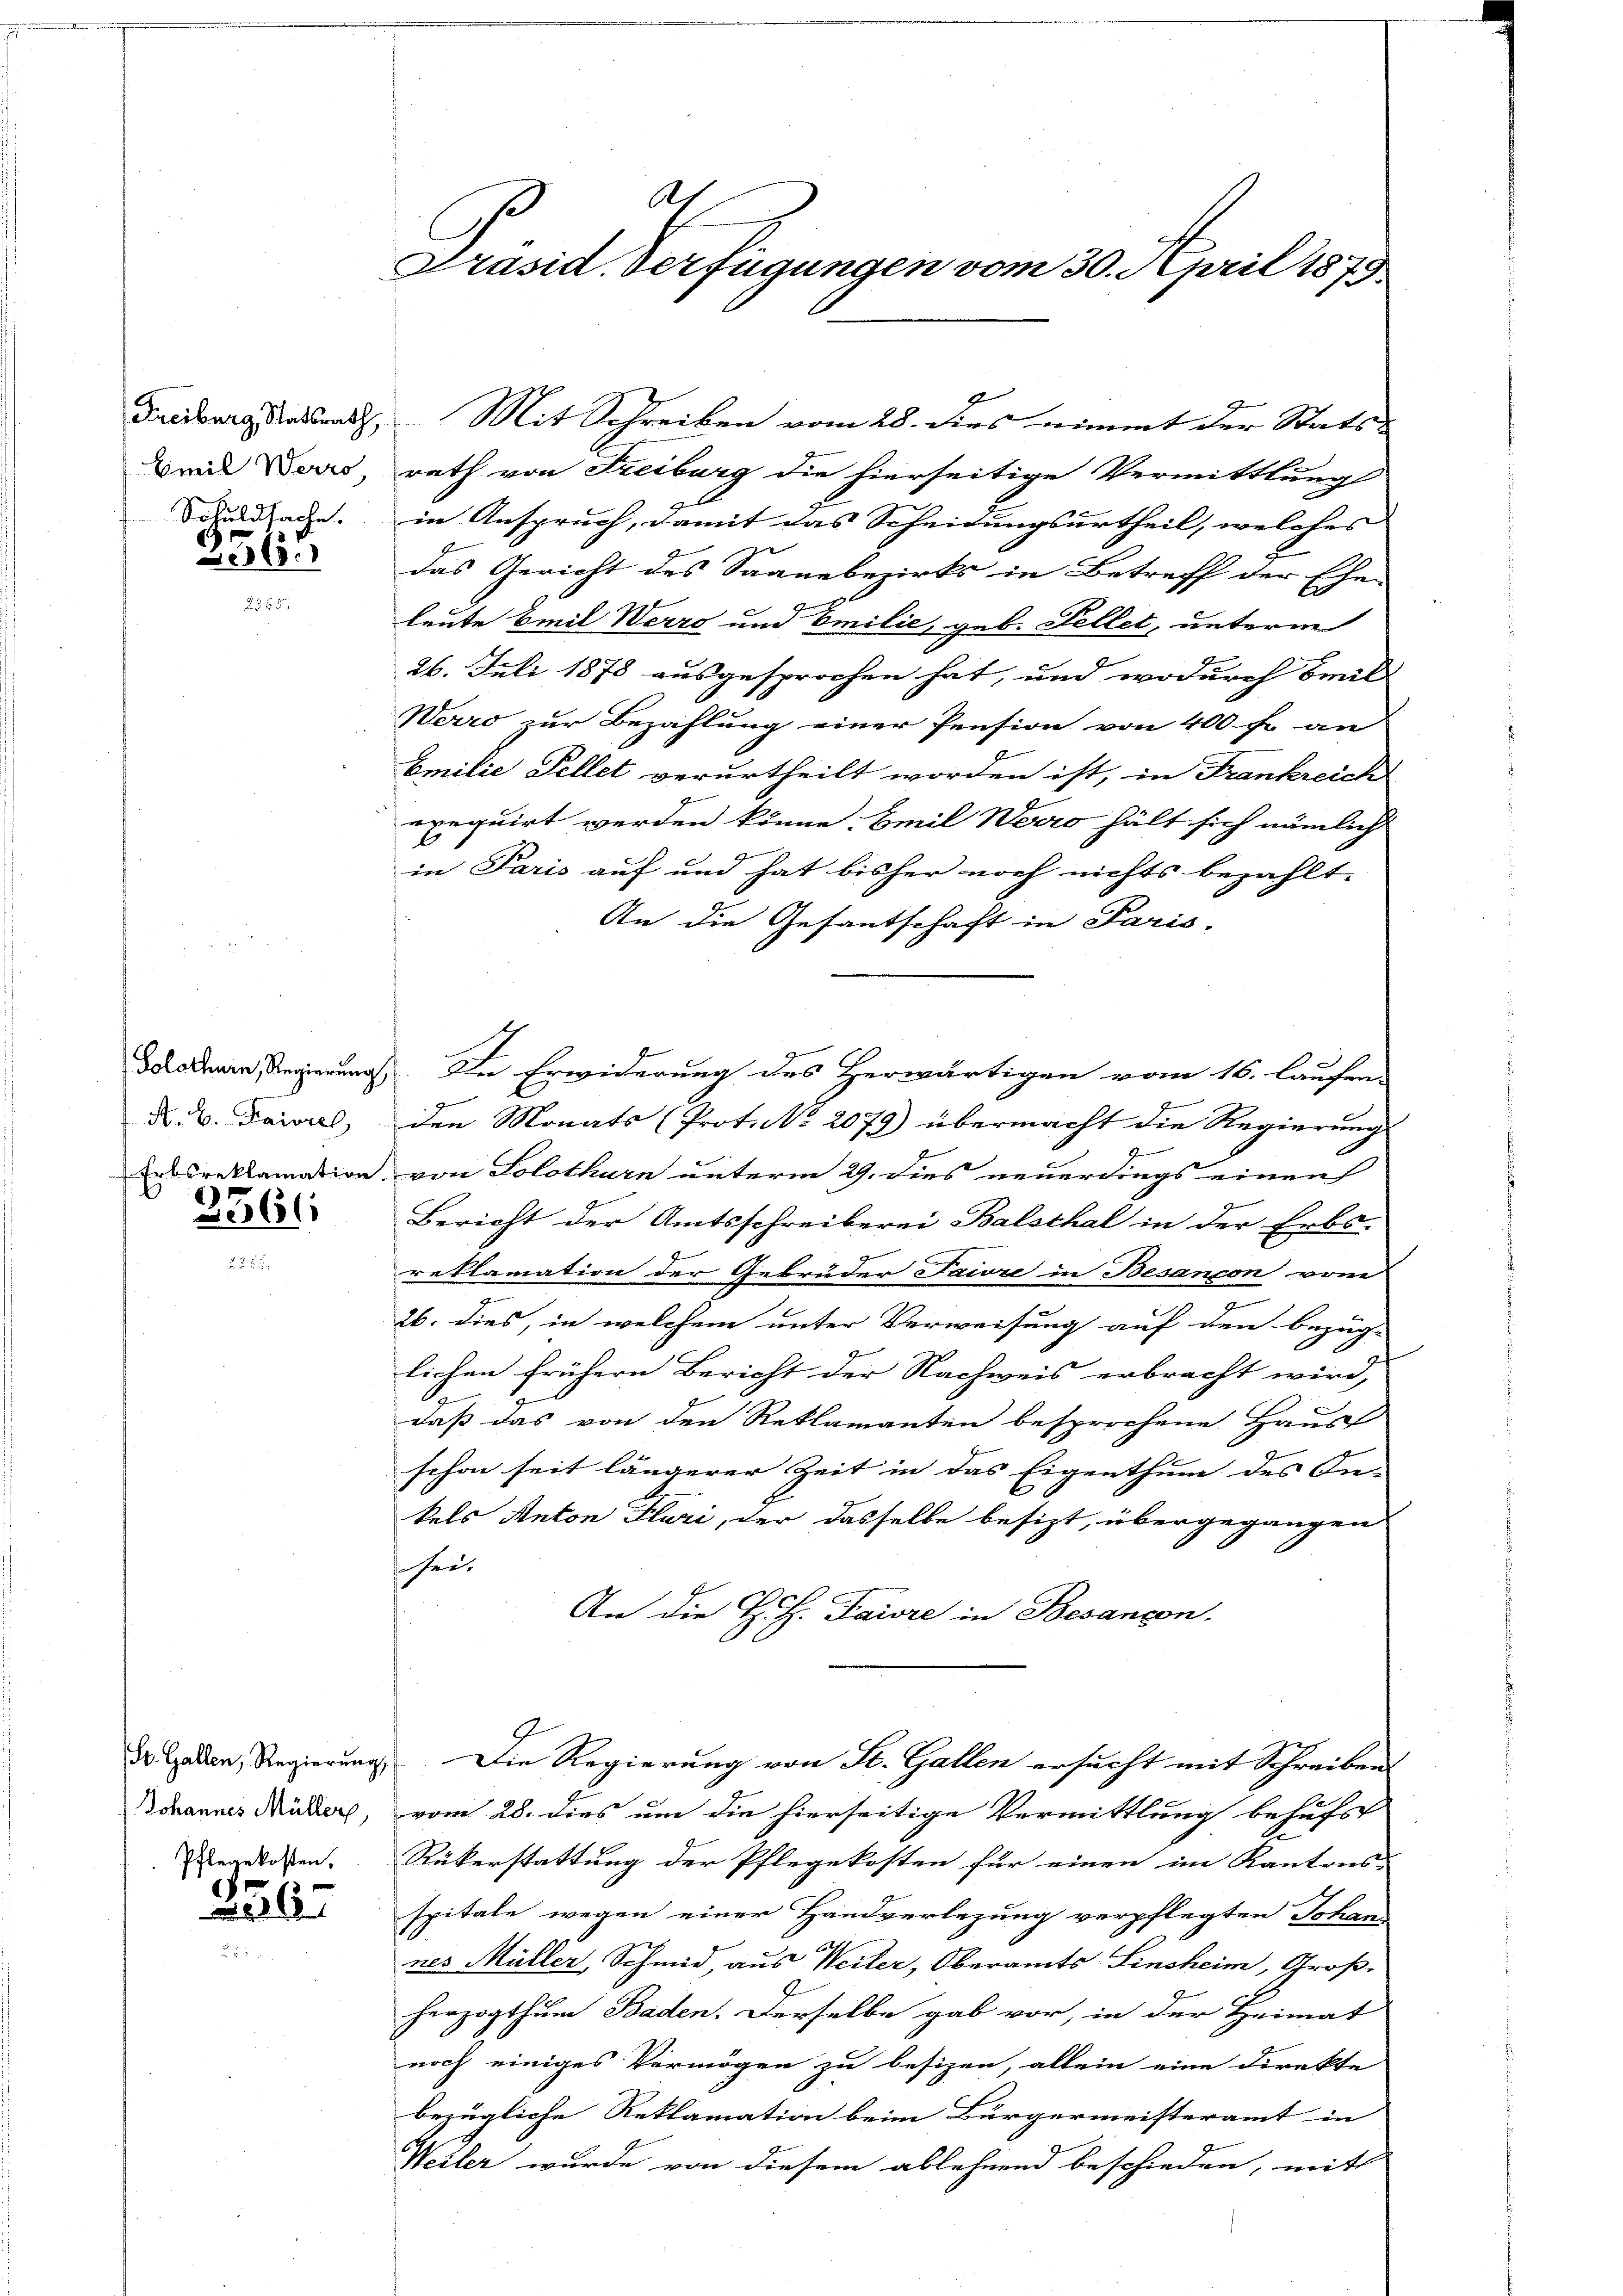
Emil Werro
Schuldsache.

3561

3561

Pflegekosten.

256.

Ah
Präsid. Verfügungen vom 30. April 1879

1
Freiburg statsrath, Mit Schreiben vom 28. dies nimmt der Statt
rath von Freiburg die hierseitige Vermittlung
in Anspruch, damit das Scheidungsurtheil, welches
das Gericht des Saanebezirks in Betreff der Ehen
leute Emil Werro und Emilie, geb. Stellet, unterm
26. Juli 1878 ausgesprochen hat, und wodurch beil
Werro zur Bezahlung einer Pension von 400 f. an
Emilie Fellet verurtheilt worden ist, in Frankreich
exequirt werden könne. Emil Werro hält sich nämlich
in Paris auf und hat bisher noch nichts bezahlt.
An die Gefantschaft in Paris.
Sodenen Regierung. In Erwiderung des Herwärtigen vom 16. laufen
9
D. B. Taiel, den Monats (Prot. No. 2079) übermacht die Regierung
Erbsreklamation von Solothurn unterm 29. dies neuerdings einen
Bericht der Amtsschreiberei Balsthal in der Erbs-
reklamation der Gebrüder Pawre in Besançon vom
.
26. dies, in welchem unter Verweisung auf den bezüg-
lichen frühern Bericht der Nachweis erbracht wird,
daß das von den Reklamanten besprochene Haus
schon seit längerer Zeit in das Eigenthum des In-
kels Anton Pluri, der dasselbe besizt, übergegangen
hei¬
An die H. H. Paiore in Besangen.
d Gaden, Regierung. Die Regierung von St. Gallen ersucht mit Schreibens
Bohannes Müder, vom 28. dies um die hierseitige Vermittlung behufst
Rükerstattung der Pflegekosten für einen im Kantons-
spitale wegen einer Handverlegung verpflegten Johan
nes Müller, Schmid, aus Weiter, Oberamts Sinsheim, Groß-
herzogthum Baden. Derselbe gab vor, in der Heimat
noch einiges Vermögen zu besizen, allein eine Direkte
bezügliche Reklamation beim Bürgermeisteramt in
Weiler wurde von diesem ablehnend beschieden, mit